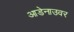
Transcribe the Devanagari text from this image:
आडेनाउवर